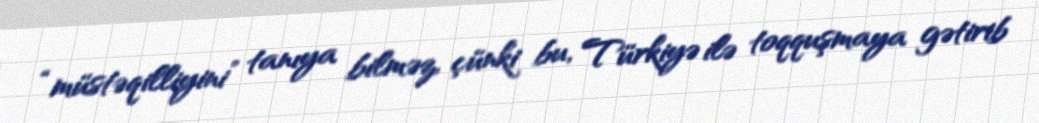
“müstəqilliyini” tanıya bilməz, çünki bu, Türkiyə ilə toqquşmaya gətirib